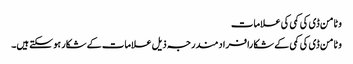
وٹامن ڈی کی کمی کی علامات
وٹامن ڈی کی کمی کے شکا رافرادمندرجہ ذیل علامات کے شکار ہو سکتے ہیں۔